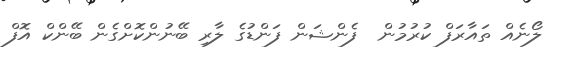
ލޯނެއް ތައާރަފް ކުރުމުން  ފެންޝަން ފަންޑުގެ ލާރި ބޭނުންކޮށްގެން ބޭންކް އޮފް